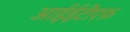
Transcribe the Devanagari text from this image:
आईईटीएफ़